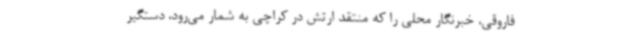
فاروقی، خبرنگار محلی را که منتقد ارتش در کراچی به شمار می‌رود، دستگیر